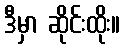
ဒီမှာ ဆိုင်းထိုး။